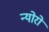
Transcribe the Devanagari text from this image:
न्योरो